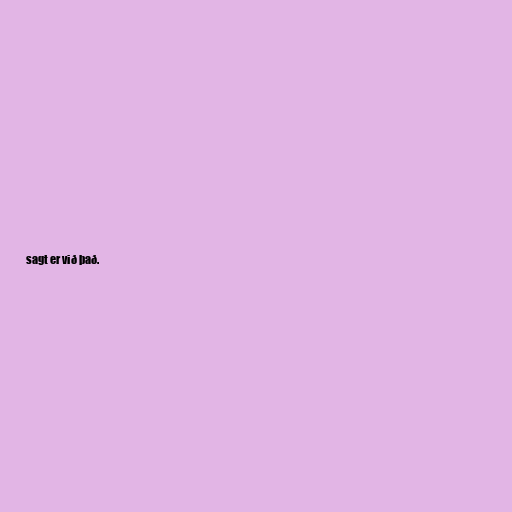
sagt er við það.